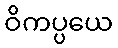
ဝိကပ္ပယေ